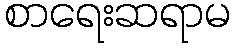
စာရေးဆရာမ